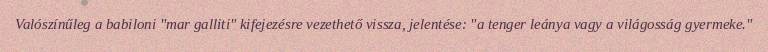
Valószínűleg a babiloni "mar galliti" kifejezésre vezethető vissza, jelentése: "a tenger leánya vagy a világosság gyermeke."